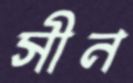
সীন